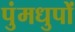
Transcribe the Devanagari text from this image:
पुंमधुपों